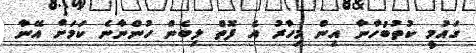
ގައުމީ ކުތުބުހާނާ އިން މިހާރު އެ ފޮތް ލިބެން ހުންނާނެ ކަމަށް އޭނާ